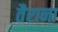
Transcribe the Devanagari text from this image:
तैराना